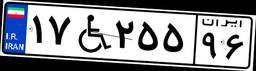
۸۷W۰۰۴۶۳